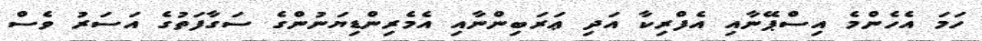
ހަމަ އެހެންމެ އިސްޕޭނާއި އެފްރިކާ އަދި ޢަރަބިންނާއި އެމެރިންޑިޔަނުންގެ ސަގާފަތުގެ އަސަރު ވެސް